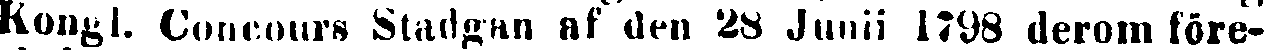
Kongl. Concours Stadgan af den 28 Junii 1798 derom före-